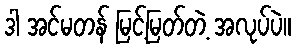
ဒါ အင်မတန် မြင့်မြတ်တဲ့ အလုပ်ပဲ။